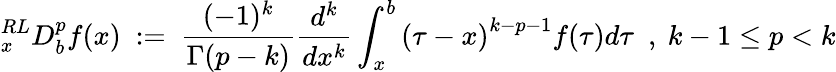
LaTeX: {}_{x}^{RL}D_{b}^{p}f(x)~:=~{\frac{(-1)^{k}}{\Gamma(p-k)}}{\frac{d^{k}}{dx^{k}}}\int_{x}^{b}{(\tau-x)}^{k-p-1}f(\tau)d\tau~~,~k-1\leq p<k